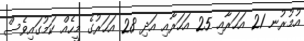
އުމުރުނ 21 އަހަރާއި 25 އަހަރާއި އަދި 28 އަހަރުގެ މީހެއް ކަމުގައިވެސް